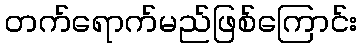
တက်ရောက်မည်ဖြစ်ကြောင်း